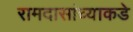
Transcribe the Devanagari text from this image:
रामदासांच्याकडे